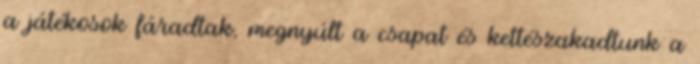
a játékosok fáradtak, megnyúlt a csapat és kettészakadtunk a